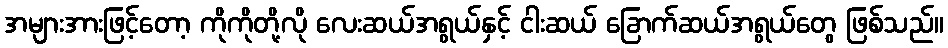
အများအားဖြင့်တော့ ကိုကိုတို့လို လေးဆယ်အရွယ်နှင့် ငါးဆယ် ခြောက်ဆယ်အရွယ်တွေ ဖြစ်သည်။